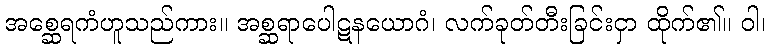
အစ္ဆေရကံဟူသည်ကား။ အစ္ဆရာပေါဋနယောဂံ၊ လက်ခုတ်တီးခြင်းငှာ ထိုက်၏။ ဝါ၊